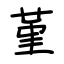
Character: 堇